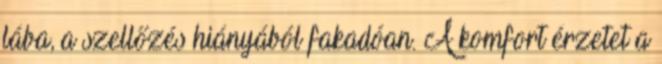
lába, a szellőzés hiányából fakadóan. A komfort érzetet a